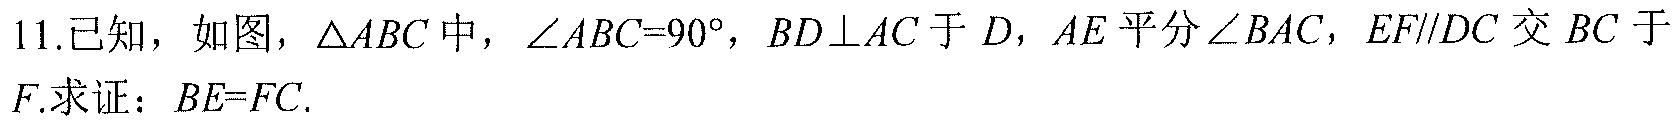
11.已知，如图，\(\triangle ABC\) 中，\(\angle ABC = 90^{\circ}\)，\(BD\perp AC\) 于 \(D\)，\(AE\) 平分 \(\angle BAC\)，\(EF\parallel DC\) 交 \(BC\) 于 \(F\).求证：\(BE = FC\).